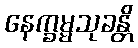
နေက္ခမ္မသုခန္တိ